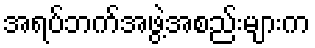
အရပ်ဘက်အဖွဲ့အစည်းများက